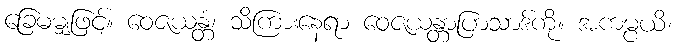
ခြေမမျှဖြင့်။ ဝေဇယန္တံ၊ သိကြားနေရာ ဝေဇယန္တာပြာသာဒ်ကို။ အကမ္ပယိ၊